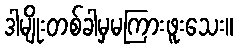
ဒါမျိုးတစ်ခါမှမကြားဖူးသေး။